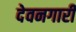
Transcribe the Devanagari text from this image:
देवनगारी